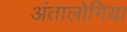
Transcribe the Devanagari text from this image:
अंतालोगिया